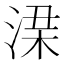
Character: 𱧂